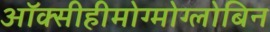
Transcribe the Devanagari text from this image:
ऑक्सीहीमोग्मोग्लोबिन